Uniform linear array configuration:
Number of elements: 4
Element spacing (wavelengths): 0.25
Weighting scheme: blackman
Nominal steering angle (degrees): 60
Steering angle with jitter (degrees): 60.957
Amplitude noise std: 0.05
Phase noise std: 0.05

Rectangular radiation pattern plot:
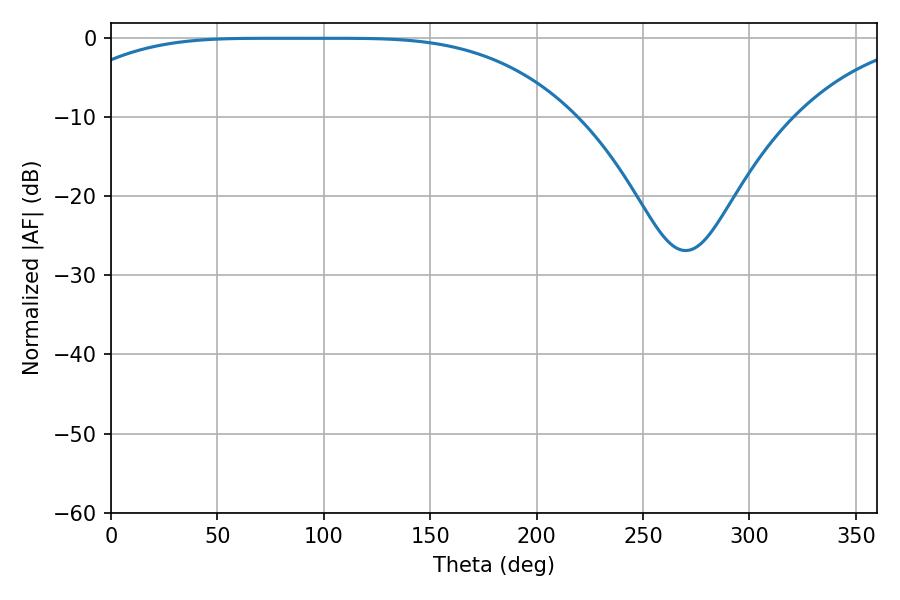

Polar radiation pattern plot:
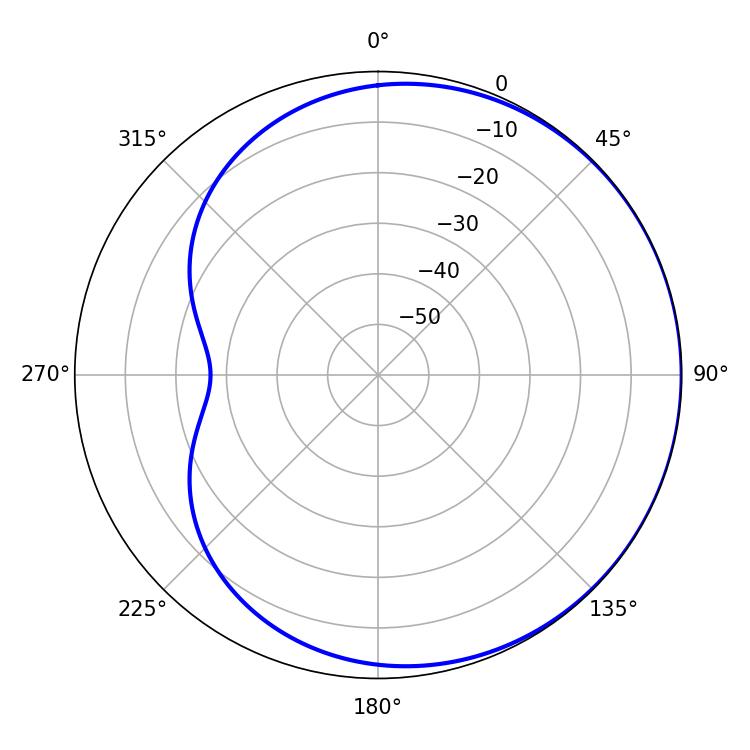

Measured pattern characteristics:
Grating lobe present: FALSE
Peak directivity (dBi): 0.5184
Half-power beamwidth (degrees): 182.52
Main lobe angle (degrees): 72.9